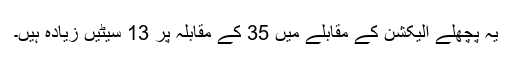
یہ پچھلے الیکشن کے مقابلے میں 35 کے مقابلہ پر 13 سیٹیں زیادہ ہیں۔